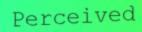
Perceived